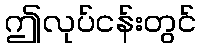
ဤလုပ်ငန်းတွင်